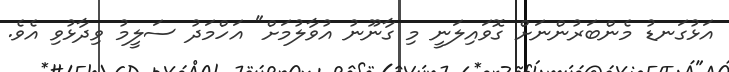
އަޅުގަނޑު މެންބަރުންނަށް ގޮވައިލަނީ މި ގާނޫނު އުވާލުމަށް" އަހްމަދު ސަލީމު ވިދާޅުވި އެވެ.